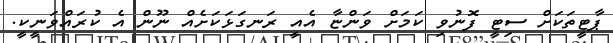
ޕާޓީތަކަށް ސިޓީ ފޮނުވި ކަމަށް ވަންޏާ އެއީ ރަނގަޅަކަށެއް ނޫން އެ ކުރައްވަނީކީ.